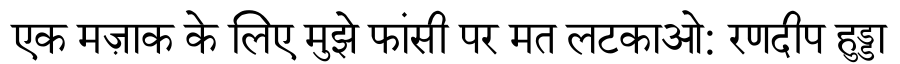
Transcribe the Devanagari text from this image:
एक मज़ाक के लिए मुझे फांसी पर मत लटकाओ: रणदीप हुड्डा